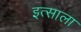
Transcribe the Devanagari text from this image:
इत्साला